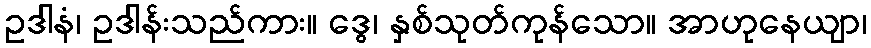
ဥဒါနံ၊ ဥဒါန်းသည်ကား။ ဒွေ၊ နှစ်သုတ်ကုန်သော။ အာဟုနေယျာ၊